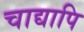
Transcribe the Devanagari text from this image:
चाद्यापि